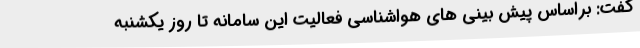
گفت: براساس پیش بینی های هواشناسی فعالیت این سامانه تا روز یکشنبه